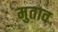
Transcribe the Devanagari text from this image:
मुताव